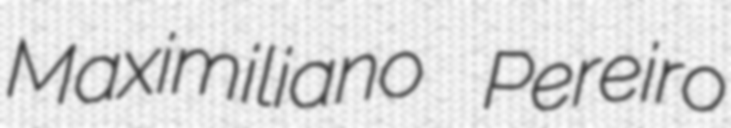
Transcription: Maximiliano Pereiro